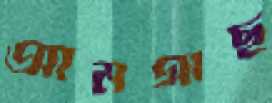
আমগাছ